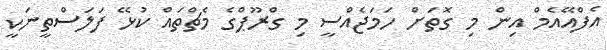
އެފްއޭއެމް އިން މި ގޮތަށް ހަމަޖެއްސީ މި ގްރޫޕްގެ މެޗްތައް ކުޅޭ ފަލަސްތީނަކީ